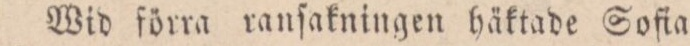
Wid förra ranſakningen häktade Sofia